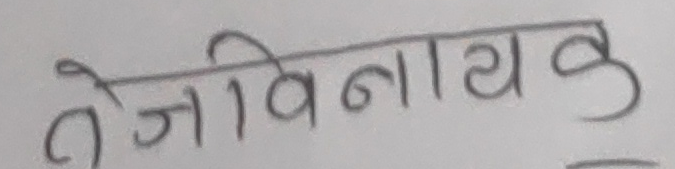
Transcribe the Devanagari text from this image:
तेजिविनायकू